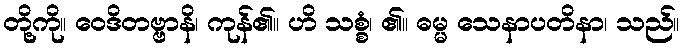
တို့ကို။ ဝေဒိတဗ္ဗာနိ၊ ကုန်၏။ ဟိ သစ္စံ၊ ၏။ ဓမ္မ သေနာပတိနာ၊ သည်။